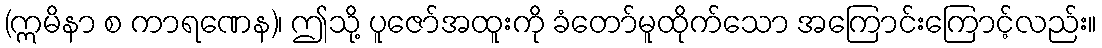
(ဣမိနာ စ ကာရဏေန)၊ ဤသို့ ပူဇော်အထူးကို ခံတော်မူထိုက်သော အကြောင်းကြောင့်လည်း။